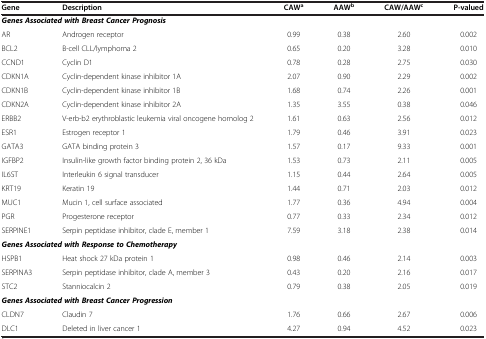
<table><thead><tr><td><b>Gene</b></td><td><b>Description</b></td><td><b>CAW<sup>a</sup></b></td><td><b>AAW<sup>b</sup></b></td><td><b>CAW/AAW<sup>c</sup></b></td><td><b>P-valued</b></td></tr></thead><tbody><tr><td colspan="6"><b> <i>Genes Associated with Breast Cancer Prognosis</i> </b></td></tr><tr><td>AR</td><td>Androgen receptor</td><td>0.99</td><td>0.38</td><td>2.60</td><td>0.002</td></tr><tr><td>BCL2</td><td>B-cell CLL/lymphoma 2</td><td>0.65</td><td>0.20</td><td>3.28</td><td>0.010</td></tr><tr><td>CCND1</td><td>Cyclin D1</td><td>0.78</td><td>0.28</td><td>2.75</td><td>0.030</td></tr><tr><td>CDKN1A</td><td>Cyclin-dependent kinase inhibitor 1A</td><td>2.07</td><td>0.90</td><td>2.29</td><td>0.002</td></tr><tr><td>CDKN1B</td><td>Cyclin-dependent kinase inhibitor 1B</td><td>1.68</td><td>0.74</td><td>2.26</td><td>0.001</td></tr><tr><td>CDKN2A</td><td>Cyclin-dependent kinase inhibitor 2A</td><td>1.35</td><td>3.55</td><td>0.38</td><td>0.046</td></tr><tr><td>ERBB2</td><td>V-erb-b2 erythroblastic leukemia viral oncogene homolog 2</td><td>1.61</td><td>0.63</td><td>2.56</td><td>0.012</td></tr><tr><td>ESR1</td><td>Estrogen receptor 1</td><td>1.79</td><td>0.46</td><td>3.91</td><td>0.023</td></tr><tr><td>GATA3</td><td>GATA binding protein 3</td><td>1.57</td><td>0.17</td><td>9.33</td><td>0.001</td></tr><tr><td>IGFBP2</td><td>Insulin-like growth factor binding protein 2, 36 kDa</td><td>1.53</td><td>0.73</td><td>2.11</td><td>0.005</td></tr><tr><td>IL6ST</td><td>Interleukin 6 signal transducer</td><td>1.15</td><td>0.44</td><td>2.64</td><td>0.005</td></tr><tr><td>KRT19</td><td>Keratin 19</td><td>1.44</td><td>0.71</td><td>2.03</td><td>0.012</td></tr><tr><td>MUC1</td><td>Mucin 1, cell surface associated</td><td>1.77</td><td>0.36</td><td>4.94</td><td>0.004</td></tr><tr><td>PGR</td><td>Progesterone receptor</td><td>0.77</td><td>0.33</td><td>2.34</td><td>0.012</td></tr><tr><td>SERPINE1</td><td>Serpin peptidase inhibitor, clade E, member 1</td><td>7.59</td><td>3.18</td><td>2.38</td><td>0.014</td></tr><tr><td colspan="6"><b> <i>Genes Associated with Response to Chemotherapy</i> </b></td></tr><tr><td>HSPB1</td><td>Heat shock 27 kDa protein 1</td><td>0.98</td><td>0.46</td><td>2.14</td><td>0.003</td></tr><tr><td>SERPINA3</td><td>Serpin peptidase inhibitor, clade A, member 3</td><td>0.43</td><td>0.20</td><td>2.16</td><td>0.017</td></tr><tr><td>STC2</td><td>Stanniocalcin 2</td><td>0.79</td><td>0.38</td><td>2.05</td><td>0.019</td></tr><tr><td colspan="6"><b> <i>Genes Associated with Breast Cancer Progression</i> </b></td></tr><tr><td>CLDN7</td><td>Claudin 7</td><td>1.76</td><td>0.66</td><td>2.67</td><td>0.006</td></tr><tr><td>DLC1</td><td>Deleted in liver cancer 1</td><td>4.27</td><td>0.94</td><td>4.52</td><td>0.023</td></tr></tbody></table>